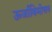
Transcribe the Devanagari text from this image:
ऊर्जाविमोचन